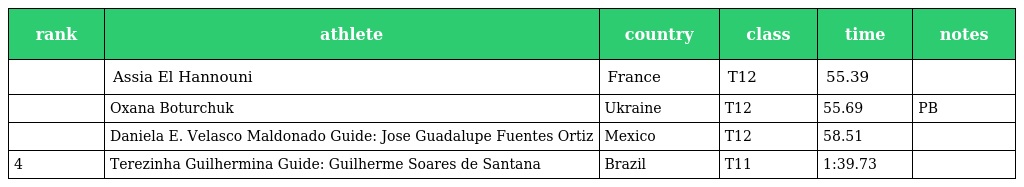
| rank | athlete | country | class | time | notes |
 | --- | --- | --- | --- | --- | --- |
 |  | Assia El Hannouni | France | T12 | 55.39 |  |
 |  | Oxana Boturchuk | Ukraine | T12 | 55.69 | PB |
 |  | Daniela E. Velasco Maldonado Guide: Jose Guadalupe Fuentes Ortiz | Mexico | T12 | 58.51 |  |
 | 4 | Terezinha Guilhermina Guide: Guilherme Soares de Santana | Brazil | T11 | 1:39.73 |  |